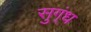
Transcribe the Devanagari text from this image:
सुग्ंध